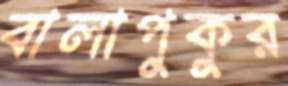
বালাপুকুর